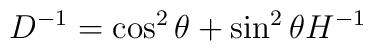
D^{-1} = \cos^2 \theta + \sin^2 \theta H^{-1}